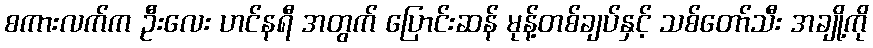
စကားလက်က ဦးလေး ဟင်နရီ အတွက် ပြောင်းဆန် မုန့်တစ်ချပ်နှင့် သစ်တော်သီး အချို့ကို